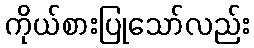
ကိုယ်စားပြုသော်လည်း